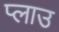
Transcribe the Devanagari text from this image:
प्लाउ